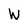
Character: W